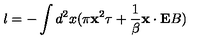
l = - \int d ^ { 2 } x ( \pi { \bf x } ^ { 2 } \tau + { \frac { 1 } { \beta } } { \bf x } \cdot { \bf E } B )